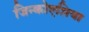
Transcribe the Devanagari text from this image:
जिन्कोएशिया